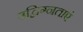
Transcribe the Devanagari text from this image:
उद्विग्नताएं